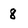
Character: 8